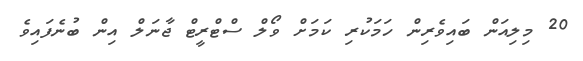
20 މިލިއަން ބައިވެރިން ހަމަކުރި ކަމަށް ވޯލް ސްޓްރީޓް ޖާނަލް އިން ބުނެފައިވެ